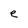
Character: e